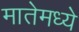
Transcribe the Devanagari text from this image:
मातेमध्ये